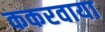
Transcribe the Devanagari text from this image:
ककरवाया